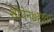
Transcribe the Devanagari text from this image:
शोपेन७हावर